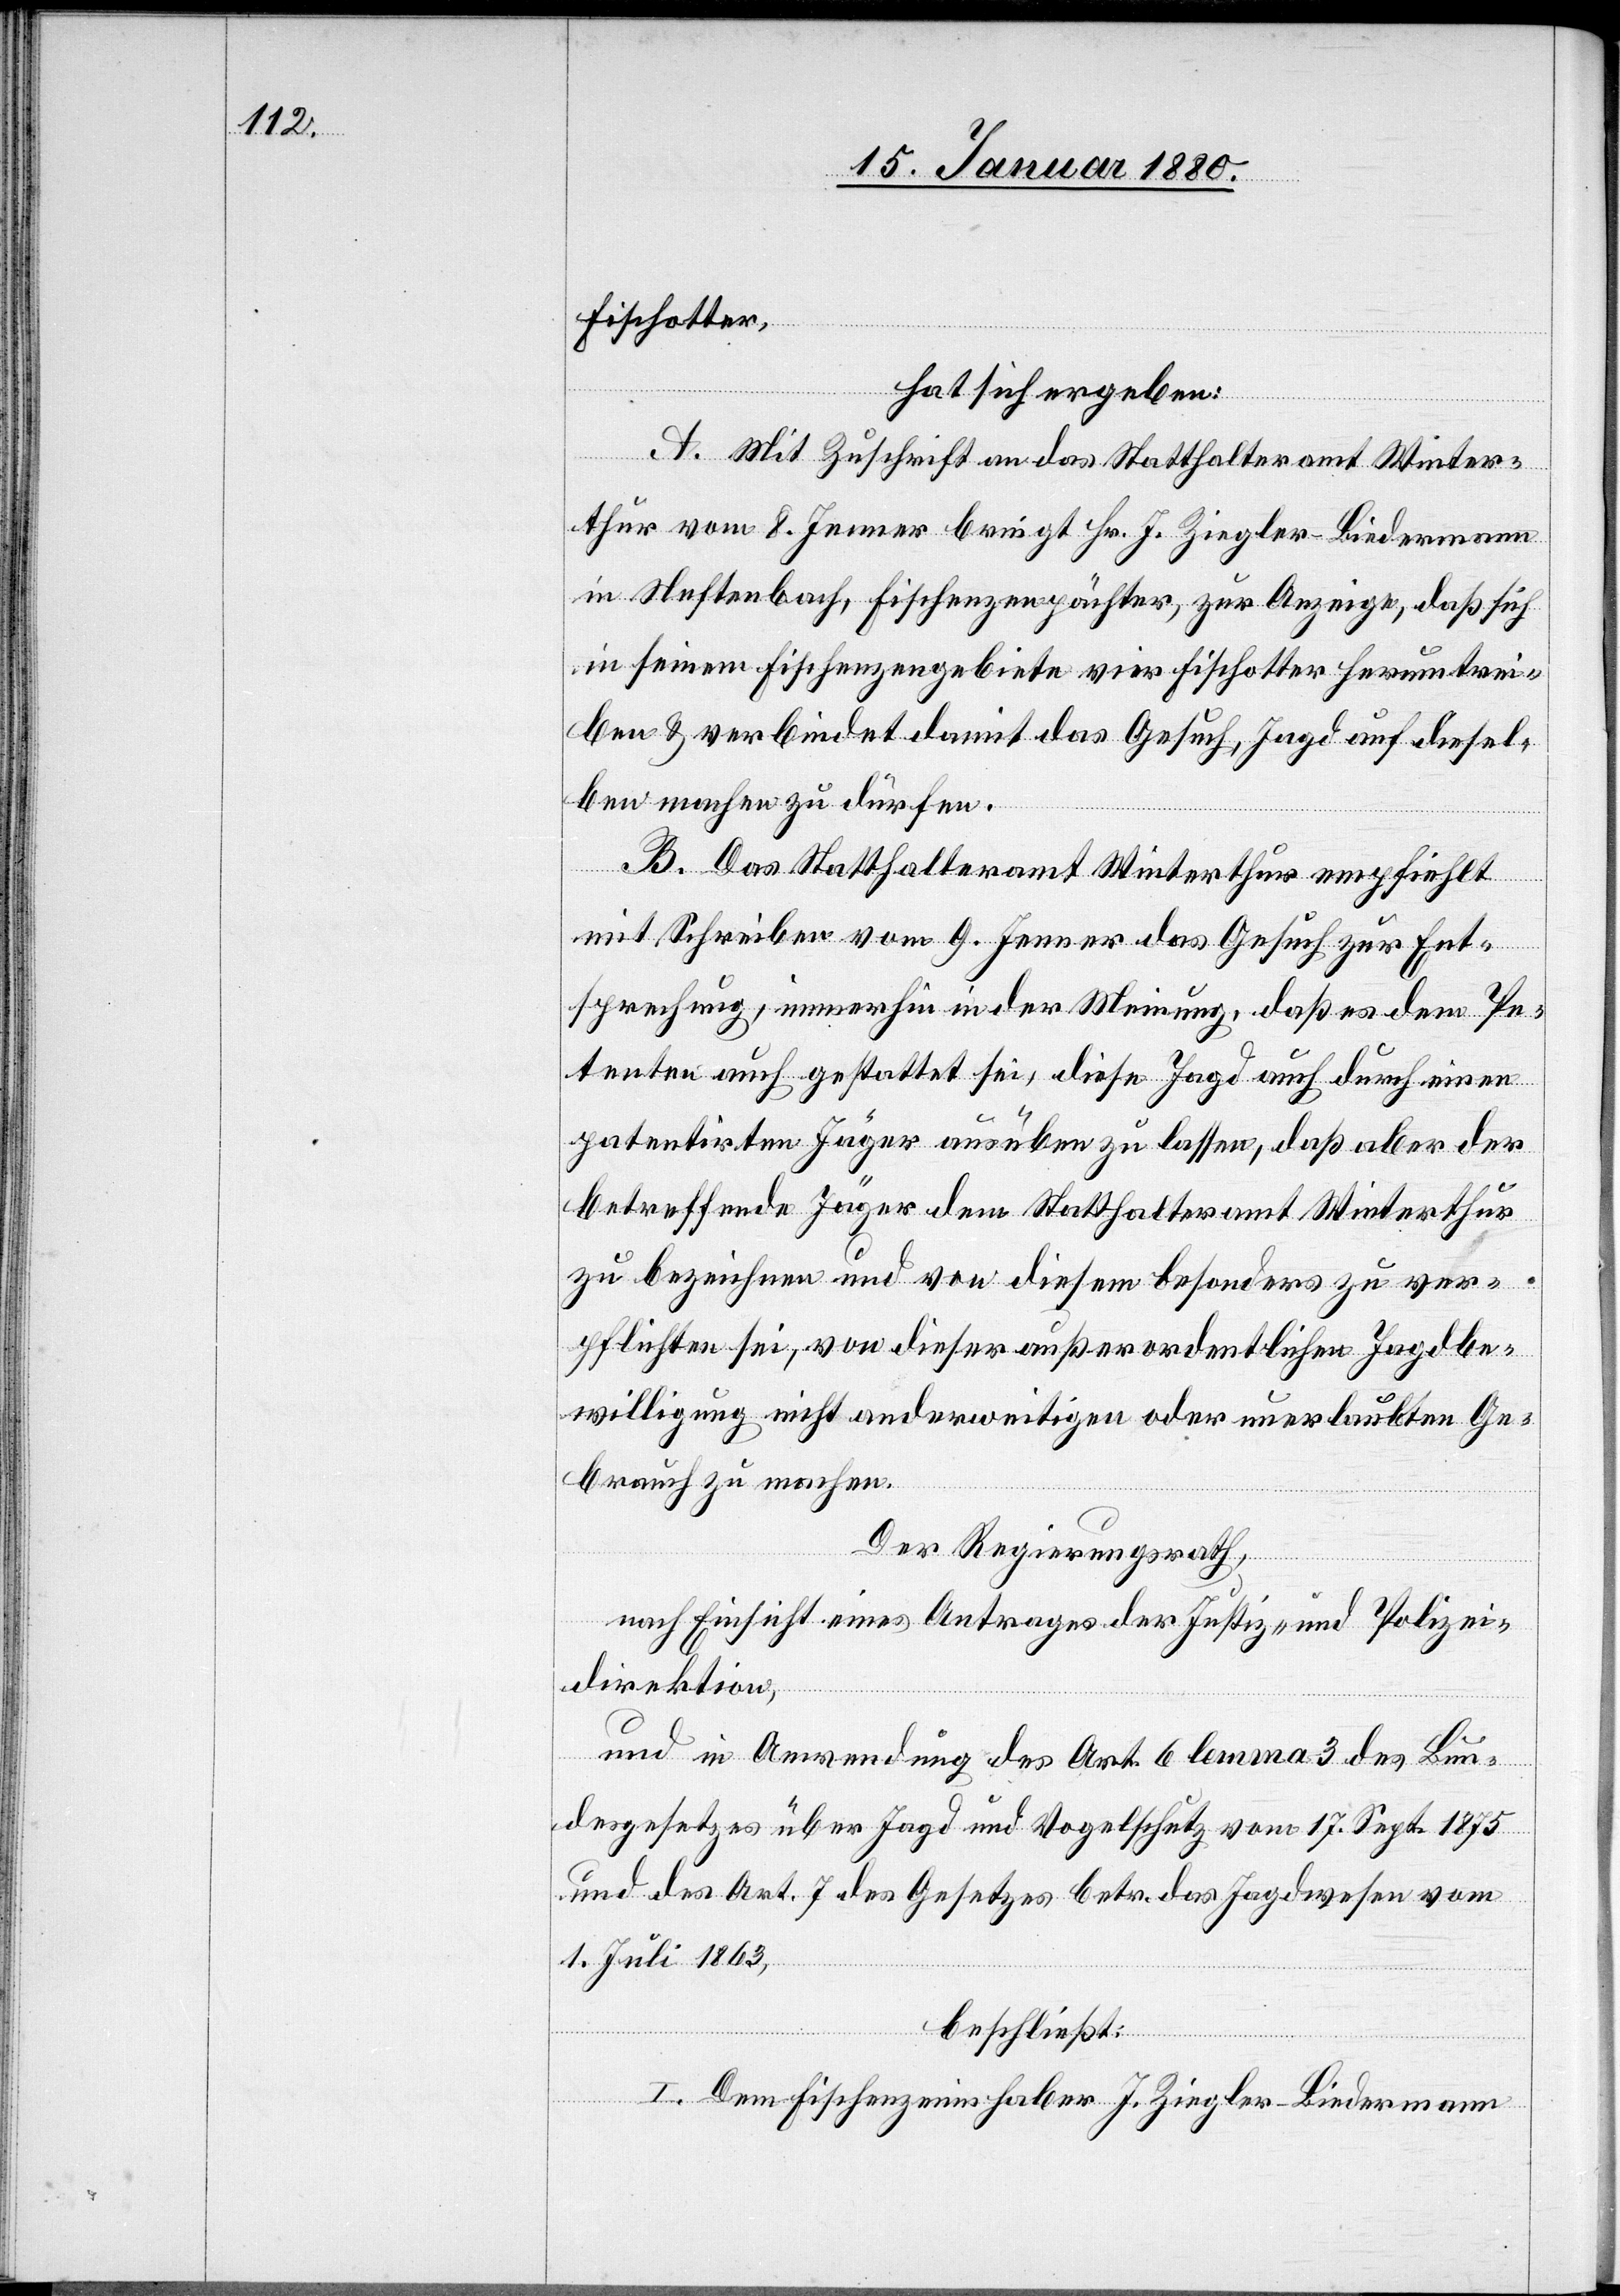
Fischotter,
hat sich ergeben:
A. Mit Zuschrift an das Statthalteramt Winter¬
thur vom 8. Jenner bringt Hr. J. Ziegler Biedermann
in Neftenbach, Fischenzenpächter, zur Anzeige, daß sich
in seinem Fischenzengebiete vier Fischotter herumtrei¬
ben & verbindet damit das Gesuch, Jagd auf diesel¬
ben machen zu dürfen.
B. Das Statthalteramt Winterthur empfiehlt
mit Schreiben vom 9. Jenner das Gesuch zur Ent¬
sprechung, immerhin in der Meinung, daß es dem Pe¬
tenten auch gestattet sei, diese Jagd auch durch einen
patentirten Jäger ausüben zu lassen, daß aber der
betreffend Jäger dem Statthalteramt Winterthur
zu bezeichnen und von diesem besonders zu ver¬
pflichten sei, von dieser außerordentlichen Jagdbe¬
willigung nicht anderweitigen oder unerlaubten Ge¬
brauch zu machen.
Der Regierungsrath,
nach Einsicht eines Antrages der Justiz- & Polizei¬
direktion,
und in Anwendung des Art. 6 lemma 3 des Bun¬
desgesetzes über Jagd und Vogelschutz vom 17. Sept 1875
und des Art. 7 des Gesetzes betr. das Jagdwesen vom
1. Juli 1863,
beschließt:
I. Dem Fischenzeninhaber J. Ziegler Biedermann